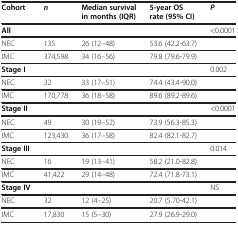
| Cohort | n | Median survival in months (IQR) | 5-year OS rate (95% CI) | P |
 | --- | --- | --- | --- | --- |
 | All |  |  |  | <0.0001 |
 | NEC | 135 | 26 (12–48) | 53.6 (42.2-63.7) |  |
 | IMC | 374,598 | 34 (16–56) | 79.8 (79.6-79.9) |  |
 | Stage I |  |  |  | 0.002 |
 | NEC | 32 | 33 (17–51) | 74.4 (43.4-90.0) |  |
 | IMC | 170,778 | 36 (18–58) | 89.6 (89.2-89.6) |  |
 | Stage II |  |  |  | <0.0001 |
 | NEC | 49 | 30 (19–52) | 73.9 (56.3-85.3) |  |
 | IMC | 123,430 | 36 (17–58) | 82.4 (82.1-82.7) |  |
 | Stage III |  |  |  | 0.014 |
 | NEC | 16 | 19 (13–41) | 58.2 (21.0-82.8) |  |
 | IMC | 41,422 | 29 (14–48) | 72.4 (71.8-73.1) |  |
 | Stage IV |  |  |  | NS |
 | NEC | 32 | 12 (4–25) | 20.7 (5.70-42.1) |  |
 | IMC | 17,830 | 15 (5–30) | 27.9 (26.9-29.0) |  |